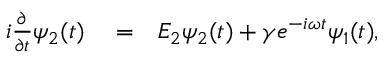
\begin{array} { r l r } { i \frac { \partial } { \partial t } \psi _ { 2 } ( t ) } & { { } = } & { E _ { 2 } \psi _ { 2 } ( t ) + \gamma e ^ { - i \omega t } \psi _ { 1 } ( t ) , } \end{array}